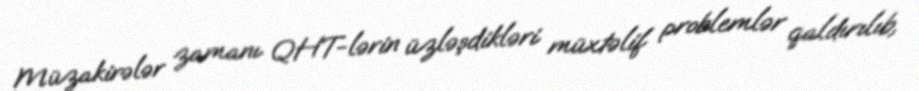
Müzakirələr zamanı QHT-lərin üzləşdikləri müxtəlif problemlər qaldırılıb,